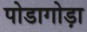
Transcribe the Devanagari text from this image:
पोडागोड़ा